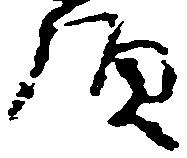
頭